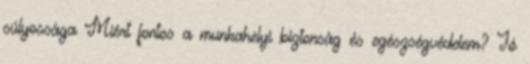
súlyossága Miért fontos a munkahelyi biztonság és egészségvédelem? Jó